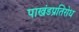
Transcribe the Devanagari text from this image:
पाखंडप्रतिरोध